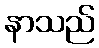
နာသည်